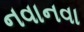
નવાનવા